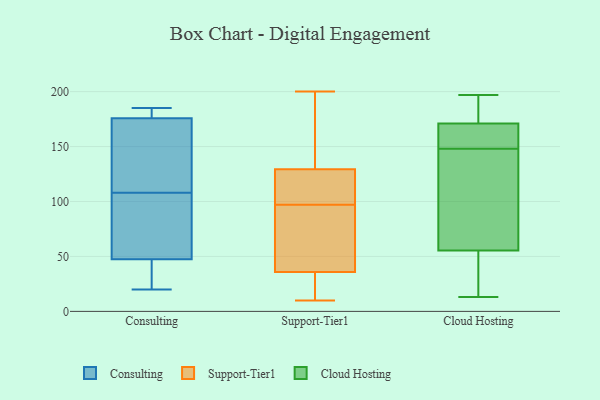
{"axis": {"x": "Humidity (%)", "y": "Value"}, "legend": ["Cloud Hosting", "Consulting", "Support-Tier1"], "data": [{"x": "", "y": 33, "type": "Consulting"}, {"x": "", "y": 175, "type": "Consulting"}, {"x": "", "y": 48, "type": "Consulting"}, {"x": "", "y": 136, "type": "Consulting"}, {"x": "", "y": 185, "type": "Consulting"}, {"x": "", "y": 178, "type": "Consulting"}, {"x": "", "y": 108, "type": "Consulting"}, {"x": "", "y": 181, "type": "Consulting"}, {"x": "", "y": 143, "type": "Consulting"}, {"x": "", "y": 46, "type": "Consulting"}, {"x": "", "y": 81, "type": "Consulting"}, {"x": "", "y": 71, "type": "Consulting"}, {"x": "", "y": 20, "type": "Consulting"}, {"x": "", "y": 31, "type": "Support-Tier1"}, {"x": "", "y": 61, "type": "Support-Tier1"}, {"x": "", "y": 182, "type": "Support-Tier1"}, {"x": "", "y": 38, "type": "Support-Tier1"}, {"x": "", "y": 95, "type": "Support-Tier1"}, {"x": "", "y": 10, "type": "Support-Tier1"}, {"x": "", "y": 130, "type": "Support-Tier1"}, {"x": "", "y": 106, "type": "Support-Tier1"}, {"x": "", "y": 18, "type": "Support-Tier1"}, {"x": "", "y": 113, "type": "Support-Tier1"}, {"x": "", "y": 178, "type": "Support-Tier1"}, {"x": "", "y": 13, "type": "Support-Tier1"}, {"x": "", "y": 196, "type": "Support-Tier1"}, {"x": "", "y": 97, "type": "Support-Tier1"}, {"x": "", "y": 200, "type": "Support-Tier1"}, {"x": "", "y": 57, "type": "Support-Tier1"}, {"x": "", "y": 35, "type": "Support-Tier1"}, {"x": "", "y": 107, "type": "Support-Tier1"}, {"x": "", "y": 127, "type": "Support-Tier1"}, {"x": "", "y": 13, "type": "Cloud Hosting"}, {"x": "", "y": 187, "type": "Cloud Hosting"}, {"x": "", "y": 45, "type": "Cloud Hosting"}, {"x": "", "y": 160, "type": "Cloud Hosting"}, {"x": "", "y": 137, "type": "Cloud Hosting"}, {"x": "", "y": 173, "type": "Cloud Hosting"}, {"x": "", "y": 159, "type": "Cloud Hosting"}, {"x": "", "y": 197, "type": "Cloud Hosting"}, {"x": "", "y": 161, "type": "Cloud Hosting"}, {"x": "", "y": 50, "type": "Cloud Hosting"}, {"x": "", "y": 164, "type": "Cloud Hosting"}, {"x": "", "y": 61, "type": "Cloud Hosting"}, {"x": "", "y": 135, "type": "Cloud Hosting"}, {"x": "", "y": 29, "type": "Cloud Hosting"}, {"x": "", "y": 25, "type": "Cloud Hosting"}, {"x": "", "y": 99, "type": "Cloud Hosting"}, {"x": "", "y": 169, "type": "Cloud Hosting"}, {"x": "", "y": 195, "type": "Cloud Hosting"}, {"x": "", "y": 176, "type": "Cloud Hosting"}, {"x": "", "y": 68, "type": "Cloud Hosting"}]}